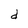
Character: d